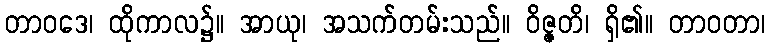
တာဝဒေ၊ ထိုကာလ၌။ အာယု၊ အသက်တမ်းသည်။ ဝိဇ္ဇတိ၊ ရှိ၏။ တာဝတာ၊